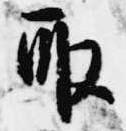
取